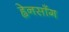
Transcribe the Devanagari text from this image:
ह्वेनसाँग